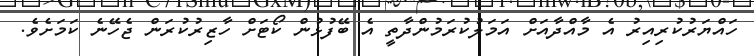
ހައްޔަރުކުރިއިރު އެ މާއްދާއަށް އަމަލުކުރަމުންދާތީ އެ ބޭފުޅުން ކޯޓަށް ހާޒިރުކުރަން ޖެހޭނެ ކަމަށެވެ.